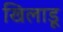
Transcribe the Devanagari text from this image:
खिलाडू